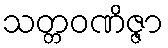
သတ္တဝဏိဇ္ဇာ